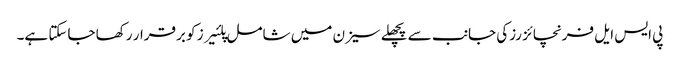
پی ایس ایل فرنچائز رزکی جانب سے پچھلے سیزن میں شامل پلئیرز کو برقرار رکھا جاسکتا ہے۔